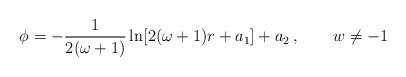
LaTeX: \begin{align*}\phi = -\frac{1}{2(\omega+1)} \ln [2(\omega+1)r+a_1] + a_2 \:, \quad\quad w \neq -1 \end{align*}